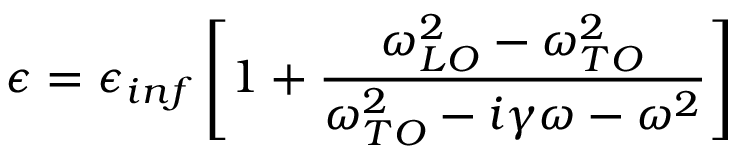
\epsilon = \epsilon _ { i n f } \left[ 1 + \frac { \omega _ { L O } ^ { 2 } - \omega _ { T O } ^ { 2 } } { \omega _ { T O } ^ { 2 } - i \gamma \omega - \omega ^ { 2 } } \right]